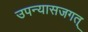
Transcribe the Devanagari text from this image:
उपन्यासजगत्